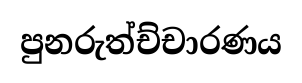
පුනරුත්ච්චාරණය